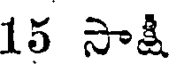
15 సాక్షి